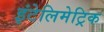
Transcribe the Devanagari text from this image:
इंटेलिमेट्रिक